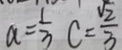
a = \frac { 1 } { 3 } C = \frac { \sqrt { 2 } } { 3 }